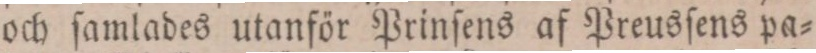
och ſamlades utanför Prinſens af Preusſens pa=